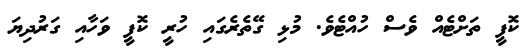
ކޮފީ ތަށްޓެއް ވެސް ހުއްޓެވެ. މުޅި ގޭތެރެގައި ހުރީ ކޮފީ ވަހާއި ގަރުދިޔަ